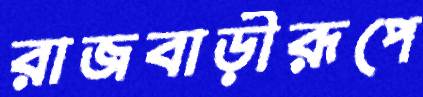
রাজবাড়ীরূপে